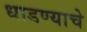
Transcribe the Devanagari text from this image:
धाडण्याचे